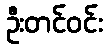
ဦးတင်ဝင်း